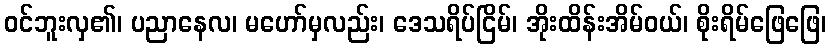
ဝင်ဘူးလှ၏၊ ပညာနေလ၊ မဟော်မှလည်း၊ ဒေသရိပ်ငြိမ်၊ အိုးထိန်းအိမ်ဝယ်၊ စိုးရိမ်ဖြေဖြေ၊